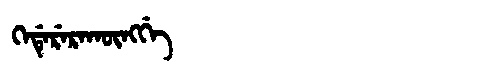
Manchu: ᡴᡝᡩᡝᡵᡝᡵᠠᡴᡡᠩᡤᡝ
Romanization: KEDERERAKŪNGGE